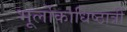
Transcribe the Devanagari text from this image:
भूर्लोकाधिष्ठात्रीं